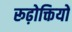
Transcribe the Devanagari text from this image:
रूढ़ोक्तियों